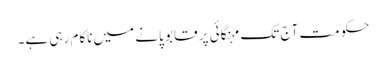
حکومت آج تک مہنگائی پر قابو پانے میں ناکام رہی ہے۔